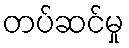
တပ်ဆင်မှု